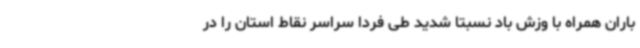
باران همراه با وزش باد نسبتا شدید طی فردا سراسر نقاط استان را در